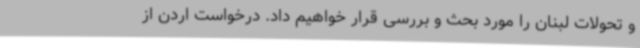
و تحولات لبنان را مورد بحث و بررسی قرار خواهیم داد. درخواست اردن از